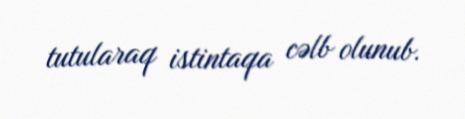
tutularaq istintaqa cəlb olunub.